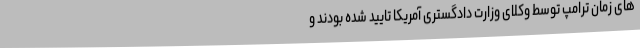
های زمان ترامپ توسط وکلای وزارت دادگستری آمریکا تایید شده بودند و